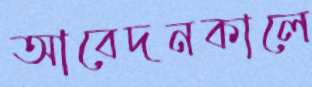
আবেদনকালে